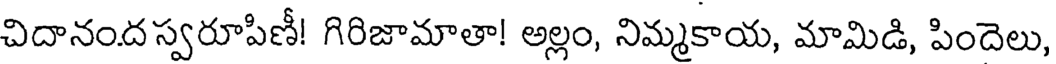
చిదానందస్వరూపిణీ! గిరిజామాతా! అల్లం, నిమ్మకాయ, మామిడి, పిందెలు